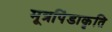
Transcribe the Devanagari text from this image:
मूत्रपिंडाकृति